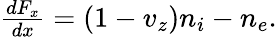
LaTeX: \begin{array}{r}{\frac{dF_{x}}{dx}=(1-v_{z})n_{i}-n_{e}.}\end{array}